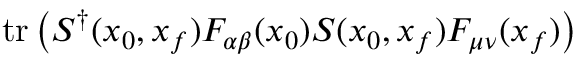
\mathrm { t r } \left( S ^ { \dagger } ( x _ { 0 } , x _ { f } ) F _ { \alpha \beta } ( x _ { 0 } ) S ( x _ { 0 } , x _ { f } ) F _ { \mu \nu } ( x _ { f } ) \right)